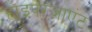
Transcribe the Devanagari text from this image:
हाइपरजाएंट